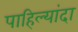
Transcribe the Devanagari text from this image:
पाहिल्यांदा